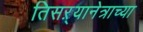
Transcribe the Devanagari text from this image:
तिसऱ्यानेत्राच्या